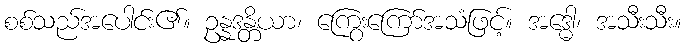
စစ်သည်အပေါင်း၏။ ဥန္နဒန္တိယာ၊ ကြွေးကြော်အသံဖြင့်။ အဒ္ဓေါ၊ အသီးသီး။